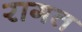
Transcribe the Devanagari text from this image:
रागत